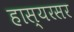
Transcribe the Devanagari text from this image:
हास्यरसर